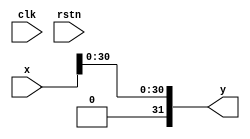
`default_nettype none

module fabs (
    input wire [31:0] x,
    output wire [31:0] y,
    input wire clk,
    input wire rstn);

assign y = {1'b0, x[30:0]};
endmodule

module fneg (
    input wire [31:0] x,
    output wire [31:0] y,
    input wire clk,
    input wire rstn);

wire s = x[31];

assign y = {~s, x[30:0]};
endmodule

`default_nettype wire